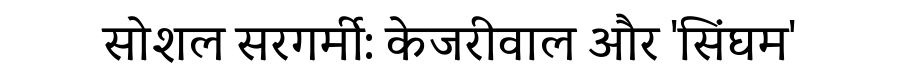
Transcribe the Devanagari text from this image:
सोशल सरगर्मी: केजरीवाल और 'सिंघम'